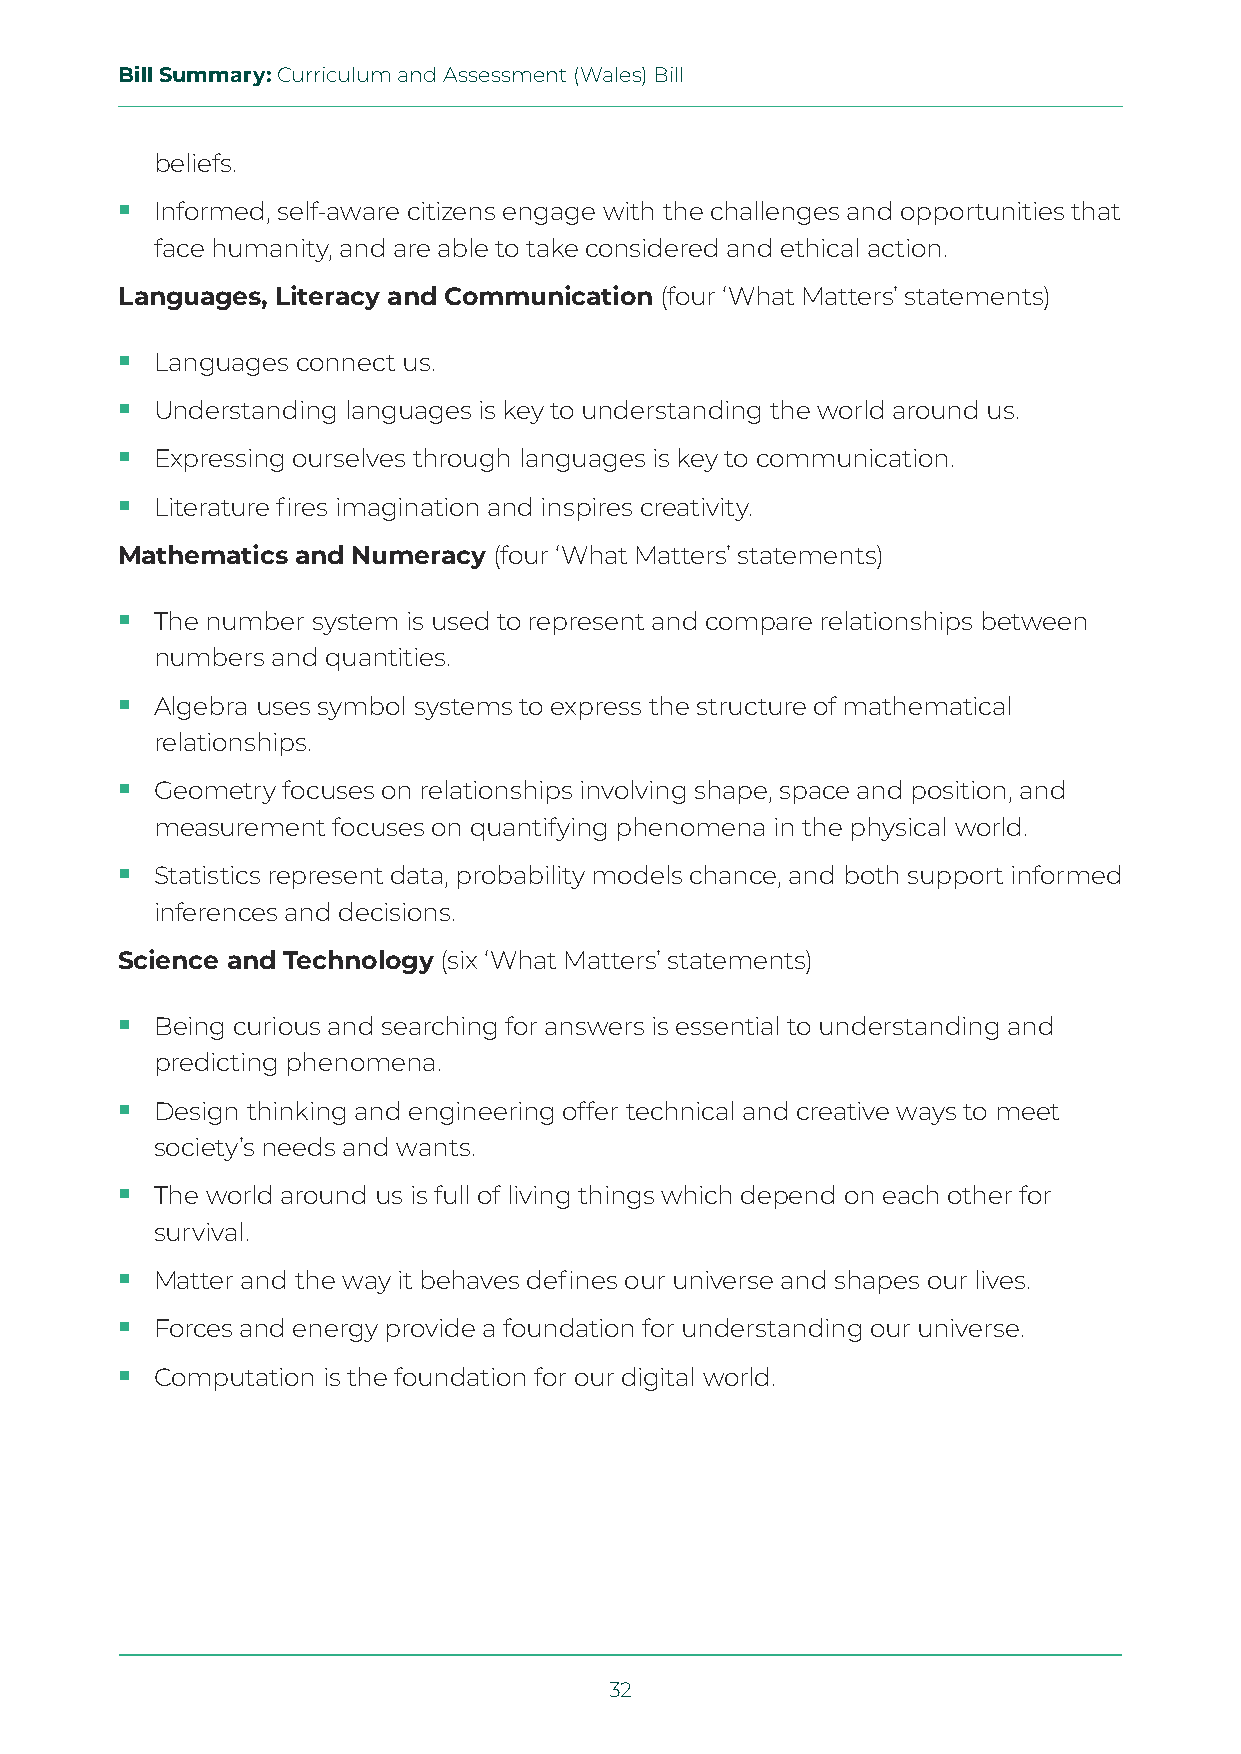
Bill Summary: Curriculum and Assessment (Wales) Bill
 beliefs.
  Informed, self-aware citizens engage with the challenges and opportunities that
 face humanity, and are able to take considered and ethical action.
 Languages, Literacy and Communication (four ‘What Matters’ statements)
  Languages connect us.
  Understanding languages is key to understanding the world around us.
  Expressing ourselves through languages is key to communication.
  Literature fires imagination and inspires creativity.
 Mathematics and Numeracy (four ‘What Matters’ statements)
  The number system is used to represent and compare relationships between
 numbers and quantities.
  Algebra uses symbol systems to express the structure of mathematical
 relationships.
  Geometry focuses on relationships involving shape, space and position, and
 measurement focuses on quantifying phenomena in the physical world.
  Statistics represent data, probability models chance, and both support informed
 inferences and decisions.
 Science and Technology (six ‘What Matters’ statements)
  Being curious and searching for answers is essential to understanding and
 predicting phenomena.
  Design thinking and engineering offer technical and creative ways to meet
 society’s needs and wants.
  The world around us is full of living things which depend on each other for
 survival.
  Matter and the way it behaves defines our universe and shapes our lives.
  Forces and energy provide a foundation for understanding our universe.
  Computation is the foundation for our digital world.
 32